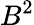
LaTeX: B^{2}